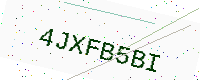
Text: 4JXFB5BI